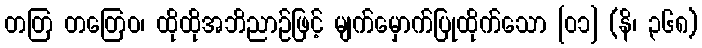
တတြ တတြေဝ၊ ထိုထိုအဘိညာဉ်ဖြင့် မျက်မှောက်ပြုထိုက်သော [၀၁] (နိ၊ ၃၆၈)